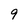
Character: 9